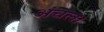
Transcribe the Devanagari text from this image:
अंचल।